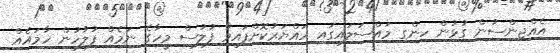
އެއްޖިންސުން ގުޅުން ހިންގި މައްސަލައިގައި ހައްޔަރުކޮށްފައިވާ ފުލުސް މީހާގެ ނަމެއް ފުލުހުން ހާމައެއް